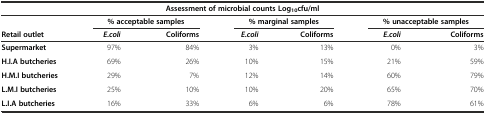
<table><thead><tr><td colspan="7"><b>Assessment of microbial counts Log<sub>10</sub>cfu/ml</b></td></tr><tr><td></td><td></td><td><b>% acceptable samples</b></td><td></td><td><b>% marginal samples</b></td><td></td><td><b>% unacceptable samples</b></td></tr><tr><td><b>Retail outlet</b></td><td><b><i>E.coli</i></b></td><td><b>Coliforms</b></td><td><b><i>E.coli</i></b></td><td><b>Coliforms</b></td><td><b><i>E.coli</i></b></td><td><b>Coliforms</b></td></tr></thead><tbody><tr><td><b>Supermarket</b></td><td>97%</td><td>84%</td><td>3%</td><td>13%</td><td>0%</td><td>3%</td></tr><tr><td><b>H.I.A butcheries</b></td><td>69%</td><td>26%</td><td>10%</td><td>15%</td><td>21%</td><td>59%</td></tr><tr><td><b>H.M.I butcheries</b></td><td>29%</td><td>7%</td><td>12%</td><td>14%</td><td>60%</td><td>79%</td></tr><tr><td><b>L.M.I butcheries</b></td><td>25%</td><td>10%</td><td>10%</td><td>20%</td><td>65%</td><td>70%</td></tr><tr><td><b>L.I.A butcheries</b></td><td>16%</td><td>33%</td><td>6%</td><td>6%</td><td>78%</td><td>61%</td></tr></tbody></table>